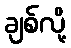
ချစ်လို့